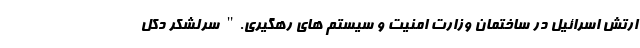
ارتش اسرائیل در ساختمان وزارت امنیت و سیستم های رهگیری." سرلشکر دکل